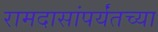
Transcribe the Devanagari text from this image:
रामदासांपर्यंतच्या